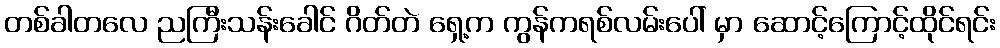
တစ်ခါတလေ ညကြီးသန်းခေါင် ဂိတ်တဲ ရှေ့က ကွန်ကရစ်လမ်းပေါ် မှာ ဆောင့်ကြောင့်ထိုင်ရင်း